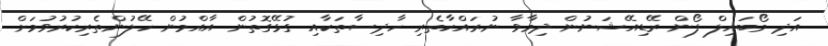
އަދި މޯބައިލް ފޯން ރޭޑިއޭޝަނުން ދިމާވާ ނުރައްކާތެރި ހާދިސާތަކާއި ގުޅޭގޮތުން އާއްމުން ހޭލުންތެރިކުރުވުމަށް